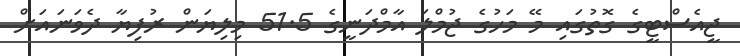
ޖީއެސްޓީގެ ގޮތުގައި މޭ މަހުގެ ޖުމްލަ އާމްދަނީގެ 51.5 މިލިޔަން ރުފިޔާ ދެވަނައަށް